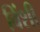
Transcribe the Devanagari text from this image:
विंशी